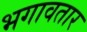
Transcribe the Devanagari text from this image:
भगावतार